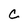
Character: C